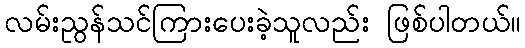
လမ်းညွန်သင်ကြားပေးခဲ့သူလည်း ဖြစ်ပါတယ်။